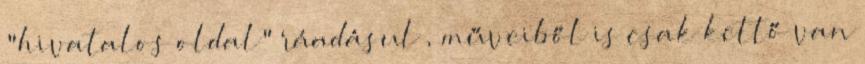
"hivatalos oldal" ráadásul , műveiből is csak kettő van